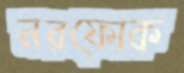
নরফোক